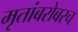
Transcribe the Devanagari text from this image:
मृतांबरोबरच